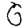
Digit: 6